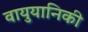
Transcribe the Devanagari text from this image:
वायुयानिकी